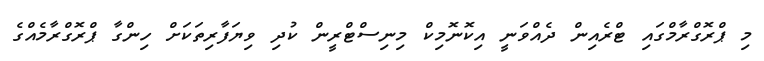
މި ޕްރޮގްރާމްގައި ޓްރެއިން ދެއްވަނީ އިކޮނޮމިކް މިނިސްޓްރީން ކުދި ވިޔަފާރިތަކަށް ހިންގާ ޕްރޮގްރާމެއްގެ